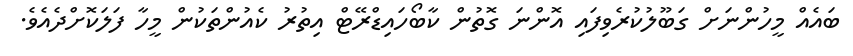
ބައެއް މީހުންނަށް ގަބޫލުކުރެވިފައި އޮންނަ ގޮތުން ކާބޯހައިޑްރޭޓް އިތުރު ކެއުންތަކުން މީހާ ފަލަކޮށްދެއެވެ.